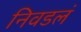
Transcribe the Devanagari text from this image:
निवडलं